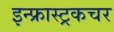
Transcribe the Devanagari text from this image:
इन्फ्रास्ट्रकचर